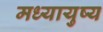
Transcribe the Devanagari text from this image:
मध्यायुष्य